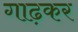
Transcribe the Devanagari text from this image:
गाढ़कर